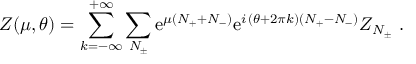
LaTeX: Z ( \mu , \theta ) = \sum _ { k = - \infty } ^ { + \infty } \sum _ { N _ { \pm } } \mathrm { e } ^ { \mu ( N _ { + } + N _ { - } ) } \mathrm { e } ^ { i \, ( \theta + 2 \pi k ) ( N _ { + } - N _ { - } ) } Z _ { N _ { \pm } } \, \, .